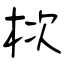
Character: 栨